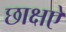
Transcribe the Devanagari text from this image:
छाक्षऐ